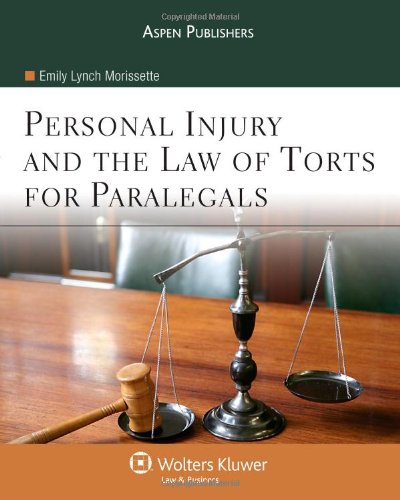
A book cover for Personal Injury & the Law of Torts for Paralegals; Emily Lynch Morissette; Law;